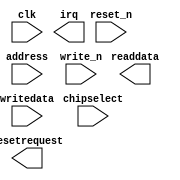
module nios_wd_timer (
		input  wire        clk,          //          clk.clk
		input  wire        reset_n,      //        reset.reset_n
		input  wire [2:0]  address,      //           s1.address
		input  wire [15:0] writedata,    //             .writedata
		output wire [15:0] readdata,     //             .readdata
		input  wire        chipselect,   //             .chipselect
		input  wire        write_n,      //             .write_n
		output wire        irq,          //          irq.irq
		output wire        resetrequest  // resetrequest.reset
	);
endmodule